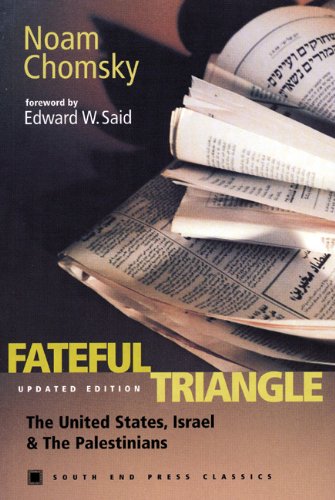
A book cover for Fateful Triangle: The United States, Israel, and the Palestinians (Updated Edition) (South End Press Classics Series); Noam Chomsky; History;